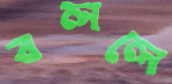
বললে